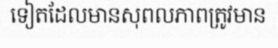
ទៀតដែលមានសុពលភាពត្រូវមាន